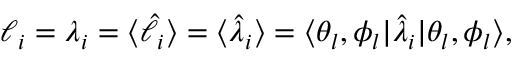
\begin{array} { r } { \ell _ { i } = \lambda _ { i } = \langle \hat { \ell } _ { i } \rangle = \langle \hat { \lambda } _ { i } \rangle = \langle \theta _ { l } , \phi _ { l } | \hat { \lambda } _ { i } | \theta _ { l } , \phi _ { l } \rangle , } \end{array}